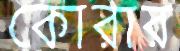
কোরার